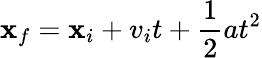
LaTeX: \mathbf{x}_{f}=\mathbf{x}_{i}+v_{i}t+\frac{{1}}{{2}}at^{2}